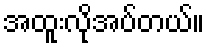
အထူးလိုအပ်တယ်။